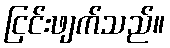
ငြင်းဖျက်သည်။